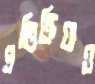
প্রতিক্রিয়াও